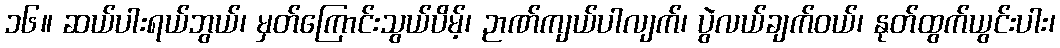
၁၆။ ဆယ်ပါးရယ်ဘွယ်၊ မှတ်ကြောင်းသွယ်ပိမ့်၊ ဉာဏ်ကျယ်ပါလျက်၊ ပွဲလယ်ချက်ဝယ်၊ နုတ်ထွက်ယွင်းပါး၊